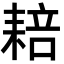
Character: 䎧